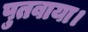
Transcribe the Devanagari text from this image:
पुतवाया।